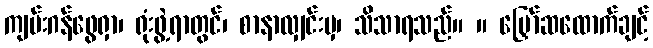
ကျမ်းဂန်ဖွေရှာ၊ ရုံးဖွဲ့ရာတွင်၊ စာနာလျှင်းမှ၊ သိသာရသည်။ ။ မြှော်ဆထောက်ချင့်